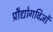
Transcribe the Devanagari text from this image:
प्रौद्योगविज्ञों